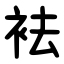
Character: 袪